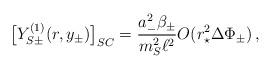
LaTeX: \begin{align*}\bigl[ Y_{S\pm}^{(1)}(r,y_\pm) \bigr]_{SC} = \frac{a_-^2\beta_\pm}{m_S^2\ell^2} O(r_\star^2 \Delta \Phi_\pm) \,,\end{align*}